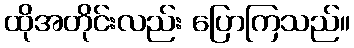
ထိုအတိုင်းလည်း ပြောကြသည်။